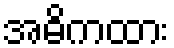
အဓိကထား